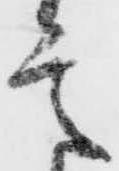
意